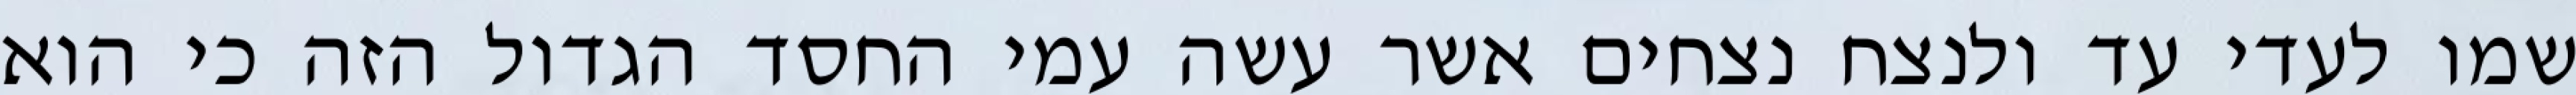
שמו לעדי עד ולנצח נצחים אשר עשה עמי החסד הגדול הזה כי הוא